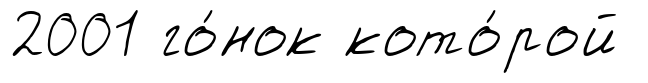
2001 го́нок кото́рой